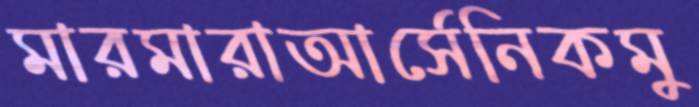
মারমারাআর্সেনিকমু